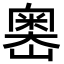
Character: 嶴